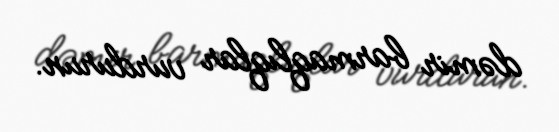
dəmir barmaqlıqlar vurdurun.